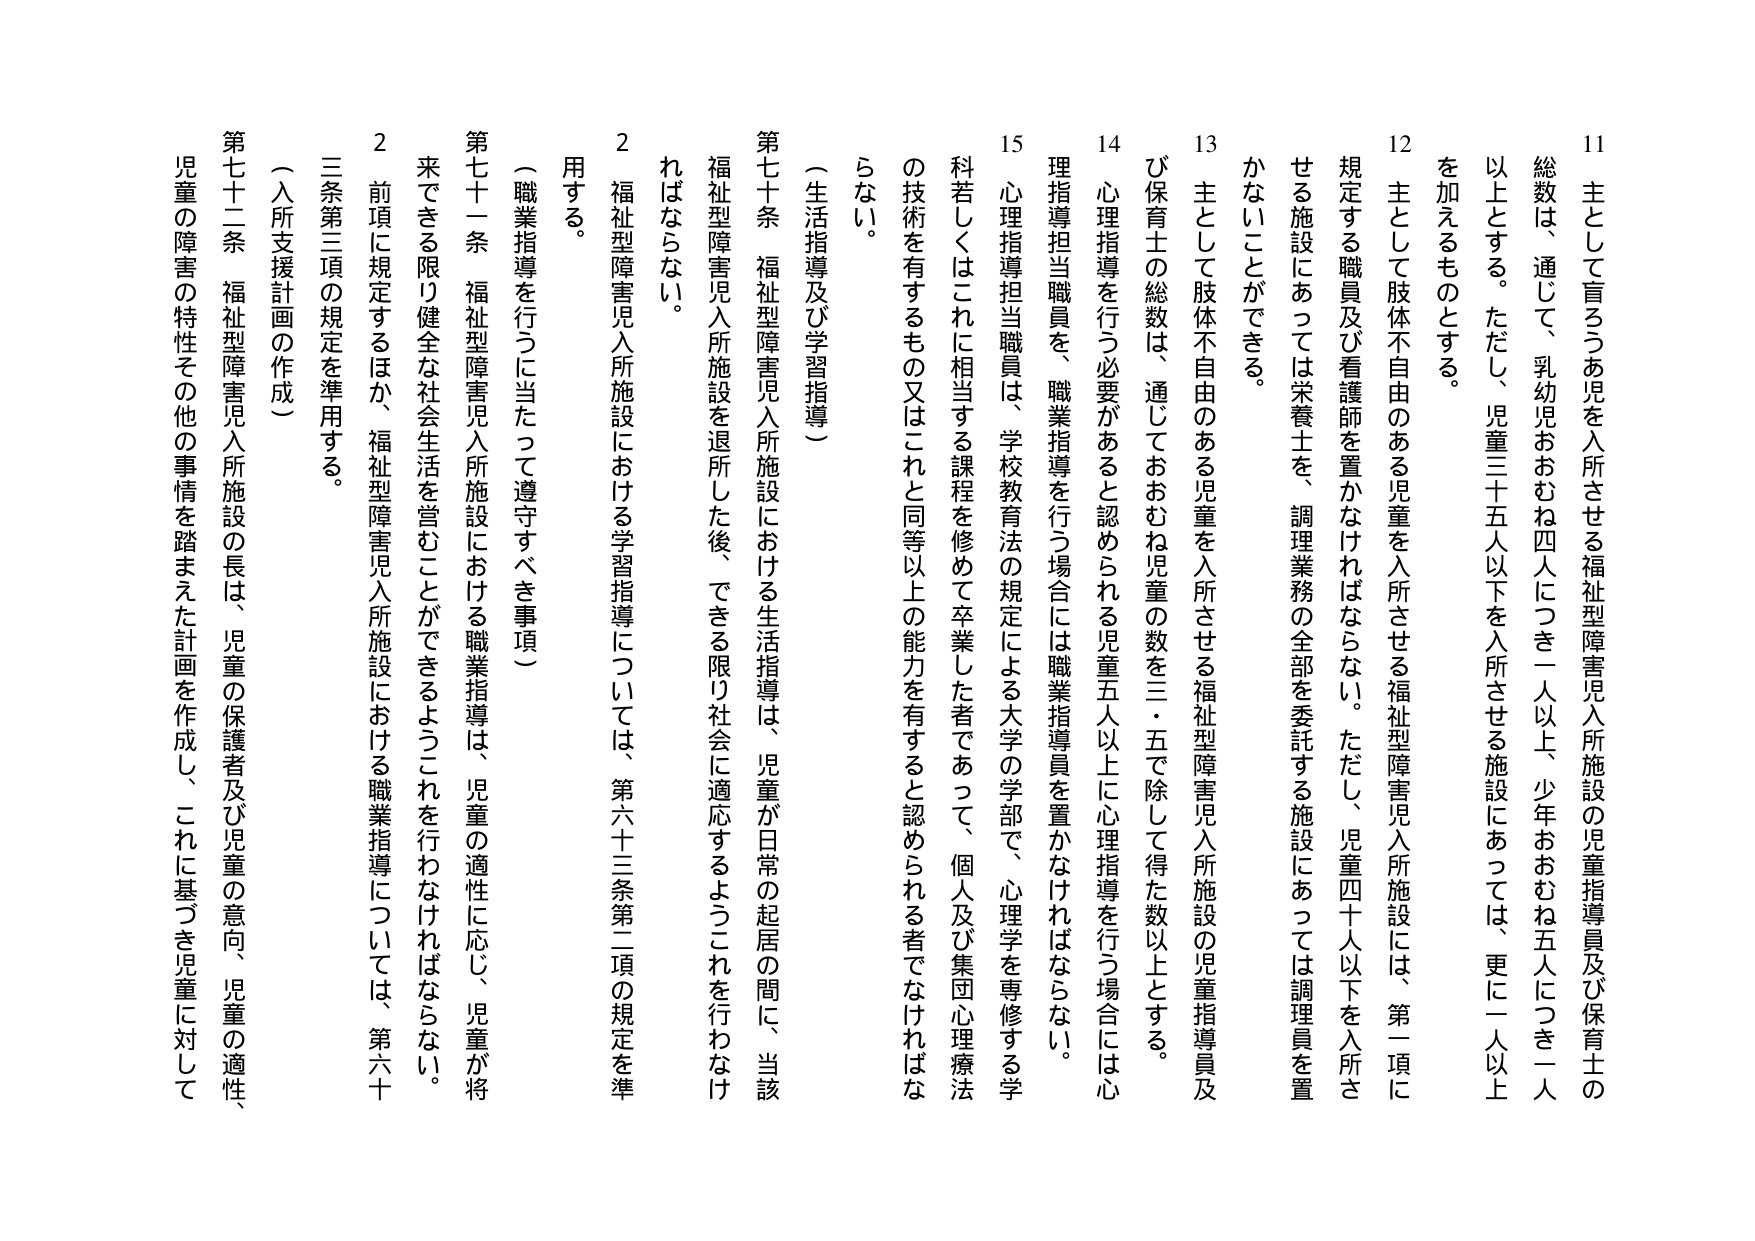
11 主として盲ろうあ児を入所させる福祉型障害児入所施設の児童指導員及び保育士の総数は、通じて、乳幼児おおむね四人につき一人以上、少年おおむね五人につき一人以上とする。ただし、児童三十五人以下を入所させる施設にあっては、更に一人以上を加えるものとする。

12 主として肢体不自由のある児童を入所させる福祉型障害児入所施設には、第一項に規定する職員及び看護師を置かなければならない。ただし、児童四十人以下を入所させる施設にあっては栄養士を、調理業務の全部を委託する施設にあっては調理員を置かないことができる。

13 主として肢体不自由のある児童を入所させる福祉型障害児入所施設の児童指導員及び保育士の総数は、通じておおむね児童の数を三・五で除して得た数以上とする。

14 心理指導を行う必要があると認められる児童五人以上に心理指導を行う場合には心理指導担当職員を、職業指導を行う場合には職業指導員を置かなければならない。

15 心理指導担当職員は、学校教育法の規定による大学の学部で、心理学を専修する学科若しくはこれに相当する課程を修めて卒業した者であって、個人及び集団心理療法の技術を有するもの又はこれと同等以上の能力を有すると認められる者でなければならない。

（生活指導及び学習指導）

第七十条 福祉型障害児入所施設における生活指導は、児童が日常の起居の間に、当該福祉型障害児入所施設を退所した後、できる限り社会に適応するようにこれを行わなければならない。

2 福祉型障害児入所施設における学習指導については、第六十三条第二項の規定を準用する。

（職業指導を行うに当たって遵守すべき事項）

第七十一条 福祉型障害児入所施設における職業指導は、児童の適性に応じ、児童が将来できる限り健全な社会生活を営むことができるようにこれを行わなければならない。

2 前項に規定するほか、福祉型障害児入所施設における職業指導については、第六十三条第三項の規定を準用する。

（入所支援計画の作成）

第七十二条 福祉型障害児入所施設の長は、児童の保護者及び児童の意向、児童の適性、児童の障害の特性その他の事情を踏まえた計画を作成し、これに基づき児童に対して